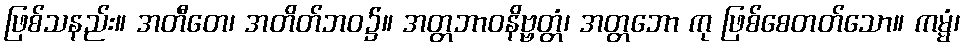
ဖြစ်သနည်း။ အတီတေ၊ အတိတ်ဘဝ၌။ အတ္တဘာဝနိဗ္ဗတ္တံ၊ အတ္တဘော ကု ဖြစ်စေတတ်သော။ ကမ္မံ၊